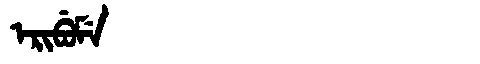
Manchu: ᡝᡵᡳᠪᡠᠮᡝ
Romanization: ERIBUME